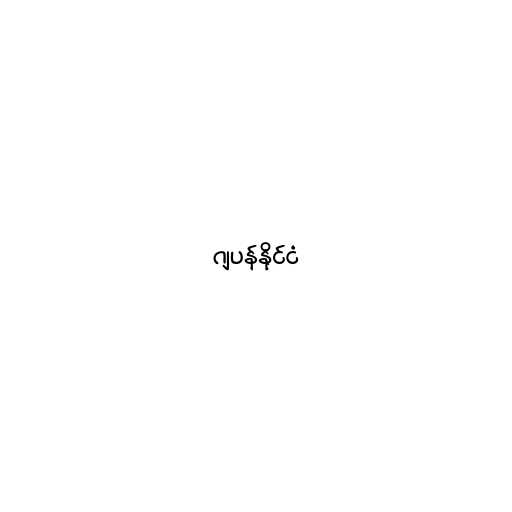
ဂျပန်နိုင်ငံ